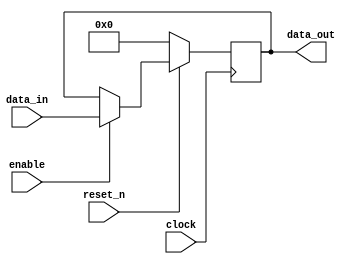
module Acumulador_Function (clock, reset_n, enable, data_in, data_out);

input clock, reset_n, enable;
input [31:0] data_in;
output reg [31:0] data_out;

always @(negedge clock)
begin
	if (!reset_n)
		data_out <= 0;
	else
		if (enable) data_out <= data_in;
end

endmodule